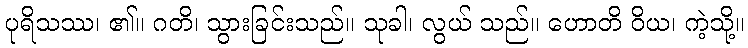
ပုရိသဿ၊ ၏။ ဂတိ၊ သွားခြင်းသည်။ သုခါ၊ လွယ် သည်။ ဟောတိ ဝိယ၊ ကဲ့သို့။